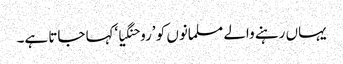
یہاں رہنے والے مسلمانوں کو ’روحنگیا‘کہا جاتا ہے۔